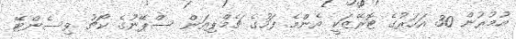
އުމުރުން 30 އަހަރުގެ ޓޮރޭޒަކީ އެންމެ ފަހުގެ ޗެމްޕިއަން ސްޕޭނުގެ ކޯޗު ވިސެންޓޭ